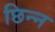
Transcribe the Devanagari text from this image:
छिन्‍न